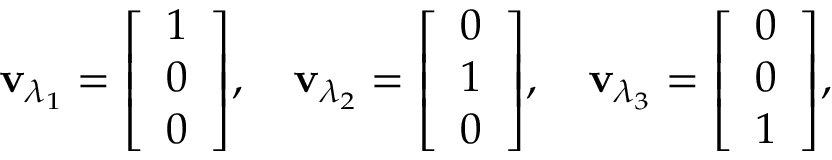
\mathbf { v } _ { \lambda _ { 1 } } = { \left[ \begin{array} { l } { 1 } \\ { 0 } \\ { 0 } \end{array} \right] } , \quad \mathbf { v } _ { \lambda _ { 2 } } = { \left[ \begin{array} { l } { 0 } \\ { 1 } \\ { 0 } \end{array} \right] } , \quad \mathbf { v } _ { \lambda _ { 3 } } = { \left[ \begin{array} { l } { 0 } \\ { 0 } \\ { 1 } \end{array} \right] } ,